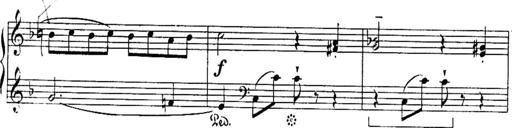
Title: Sonatines
Composer: Hedwige ChrÃ©tien